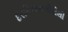
દરમિયાનગીરીથી